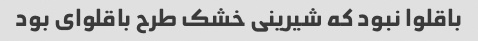
باقلوا نبود که شیرینی خشک طرح باقلوای بود